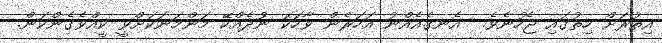
އިތުރަށް ހިތުގައި ޖެހުނެވެ.  އެނގެއެއްނު އަހަރެން ވާހަކަ ނުދެއްކޭ މަންމަނަކަށްވީ ކީއްވެގެންކަން.